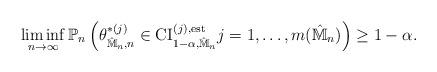
LaTeX: \begin{align*}\liminf_{n \to \infty} \mathbb{P}_n\left( \theta^{*(j)}_{\hat{\mathbb{M}}_n, n} \in \mathrm{CI}_{1-\alpha, \hat{\mathbb{M}}_n}^{(j), \mathrm{est}} j = 1, \hdots, m(\hat{\mathbb{M}}_n) \right) \geq 1-\alpha.\end{align*}